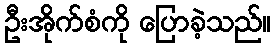
ဦးအိုက်စံကို ပြောခဲ့သည်။